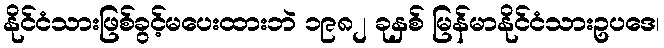
နိုင်ငံသားဖြစ်ခွင့်မပေးထားဘဲ ၁၉၈၂ ခုနှစ် မြန်မာနိုင်ငံသားဥပဒေ၊